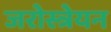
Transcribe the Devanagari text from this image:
जरोस्त्रेयन